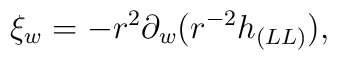
\xi_w =   - r^2\partial_w(r^{-2}h_{(LL)}),